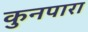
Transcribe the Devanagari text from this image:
कुनपारा